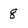
Character: 8